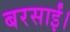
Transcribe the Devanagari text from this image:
बरसाईं।